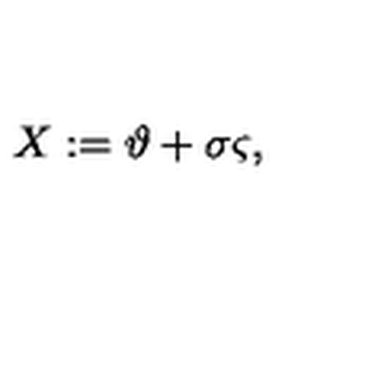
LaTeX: X : = \mathrm { \boldmath \vartheta } + \sigma \mathrm { \boldmath \varsigma } ,